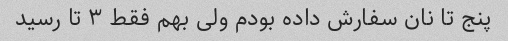
پنج تا نان سفارش داده بودم ولی بهم فقط ۳ تا رسید